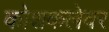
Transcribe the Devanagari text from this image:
कोशकलेवर